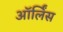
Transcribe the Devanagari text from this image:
ऑर्लिंस